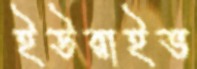
ইউরাইভ